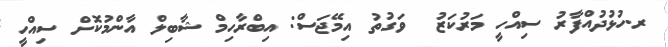
ރ.ހުޅުދުއްފާރު ސިއްހީ މަރުކަޒު  ވަގުތު އިމޭޖަސް: އިބްރާހިމް ޝާބިލް އާންމުކޮށް ސިއްހީ